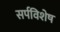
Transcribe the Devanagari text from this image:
सर्पविशेष